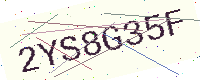
Text: 2YS8G35F